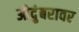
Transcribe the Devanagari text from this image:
औदुंबरावर